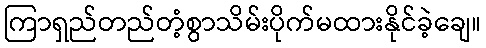
ကြာရှည်တည်တံ့စွာသိမ်းပိုက်မထားနိုင်ခဲ့ချေ။